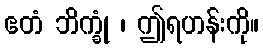
ဧတံ ဘိက္ခုံ ၊ ဤရဟန်းကို။